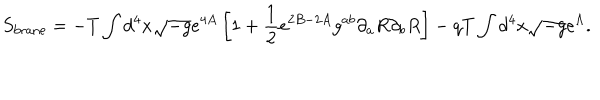
S _ { \mathrm { b r a n e } } = - T \int d ^ { 4 } x \sqrt { - g } e ^ { 4 A } \left[ 1 + \frac { 1 } { 2 } e ^ { 2 B - 2 A } g ^ { a b } \partial _ { a } R \partial _ { b } R \right] - q T \int d ^ { 4 } x \sqrt { - g } e ^ { \Lambda } .